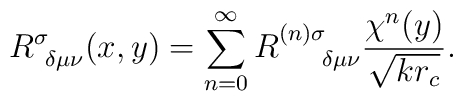
R_{~\delta \mu \nu }^{\sigma }(x,y)=\sum_{n=0}^{\infty}R_{~~~~\delta \mu \nu }^{(n)\sigma }\frac{\chi^{n}(y)}{\sqrt{kr_{c}}}.